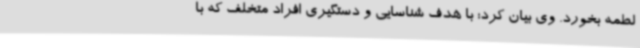
لطمه بخورد. وی بیان کرد: با هدف شناسایی و دستگیری افراد متخلف که با